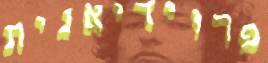
פרוידיאנית